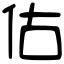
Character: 估